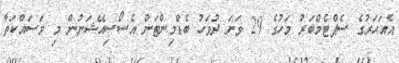
އެއަހަރުގެ ސެޕްޓެމްބަރު މަހުގެ 29 ވަނަ ދުވަހު ބެޑްމިންޓަން އެސޯސިއޭޝަނުން މި މަސައްކަތާ